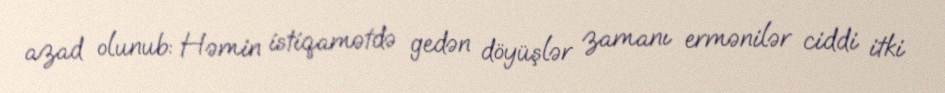
azad olunub: Həmin istiqamətdə gedən döyüşlər zamanı ermənilər ciddi itki